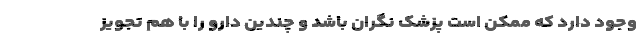
وجود دارد که ممکن است پزشک نگران باشد و چندین دارو را با هم تجویز